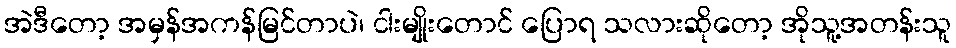
အဲဒီတော့ အမှန်အကန်မြင်တာပဲ၊ ငါးမျိုးတောင် ပြောရ သလားဆိုတော့ အိုသူ့အတန်းသူ